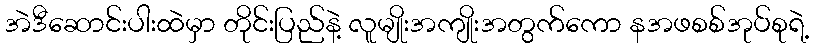
အဲဒီဆောင်းပါးထဲမှာ တိုင်းပြည်နဲ့ လူမျိုးအကျိုးအတွက်ကော နအဖစစ်အုပ်စုရဲ့